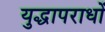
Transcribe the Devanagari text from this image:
युद्धापराधों